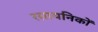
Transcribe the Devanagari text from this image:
रसायनिकों